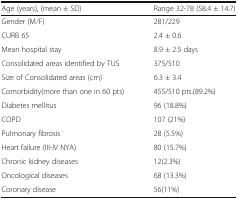
<table><thead><tr><td><b>Age (years), (mean ± SD)</b></td><td><b>Range 32-78 (58.4 ± 14.7)</b></td></tr></thead><tbody><tr><td>Gender (M⁄F)</td><td>281/229</td></tr><tr><td>CURB 65</td><td>2.4 ± 0.6</td></tr><tr><td>Mean hospital stay</td><td>8.9 ± 2.5 days</td></tr><tr><td>Consolidated areas identified by TUS</td><td>375/510</td></tr><tr><td>Size of Consolidated areas (cm)</td><td>6.3 ± 3.4</td></tr><tr><td>Comorbidity(more than one in 60 pts)</td><td>455/510 pts.(89.2%)</td></tr><tr><td>Diabetes mellitus</td><td>96 (18.8%)</td></tr><tr><td>COPD</td><td>107 (21%)</td></tr><tr><td>Pulmonary fibrosis</td><td>28 (5.5%)</td></tr><tr><td>Heart failure (III-IV NYA)</td><td>80 (15.7%)</td></tr><tr><td>Chronic kidney diseases</td><td>12(2.3%)</td></tr><tr><td>Oncological diseases</td><td>68 (13.3%)</td></tr><tr><td>Coronary disease</td><td>56(11%)</td></tr></tbody></table>